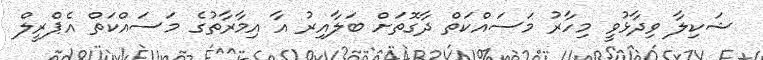
ޝަކިލާ ވިދާޅުވީ މިހާރު މަސައްކަތް ދާގޮތަށް ބަލާއިރު އާ އިމާރާތުގެ މަސައްކަތް އެޕްރީލް